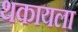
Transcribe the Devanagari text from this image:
थकायला